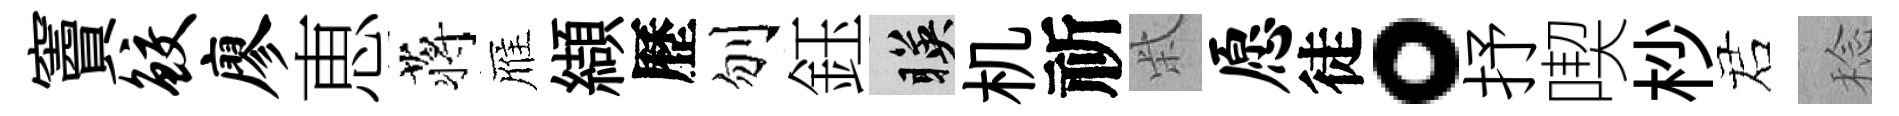
竇鲛廖恵蒋雁纈歷刎鈺暎机祈柴愿徒。抒喫杪诺稔